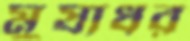
মুষাধর